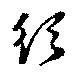
須